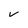
Character: V